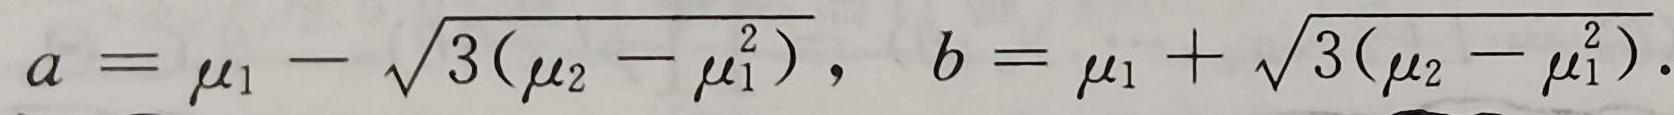
\[
a = \mu_1 - \sqrt{3(\mu_2 - \mu_1^2)}, \quad b = \mu_1 + \sqrt{3(\mu_2 - \mu_1^2)}.
\]